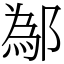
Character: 鄬